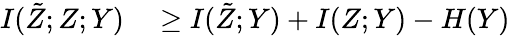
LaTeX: \begin{array}{rl}{I(\tilde{Z};Z;Y)}&{{}\ge I(\tilde{Z};Y)+I(Z;Y)-H(Y)}\end{array}